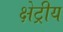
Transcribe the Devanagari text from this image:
क्षेट्रीय